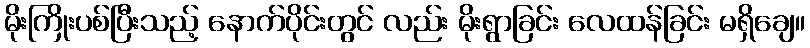
မိုးကြိုးပစ်ပြီးသည့် နောက်ပိုင်းတွင် လည်း မိုးရွာခြင်း လေထန်ခြင်း မရှိချေ။